Laimjala_vallavalitsus, lk 3
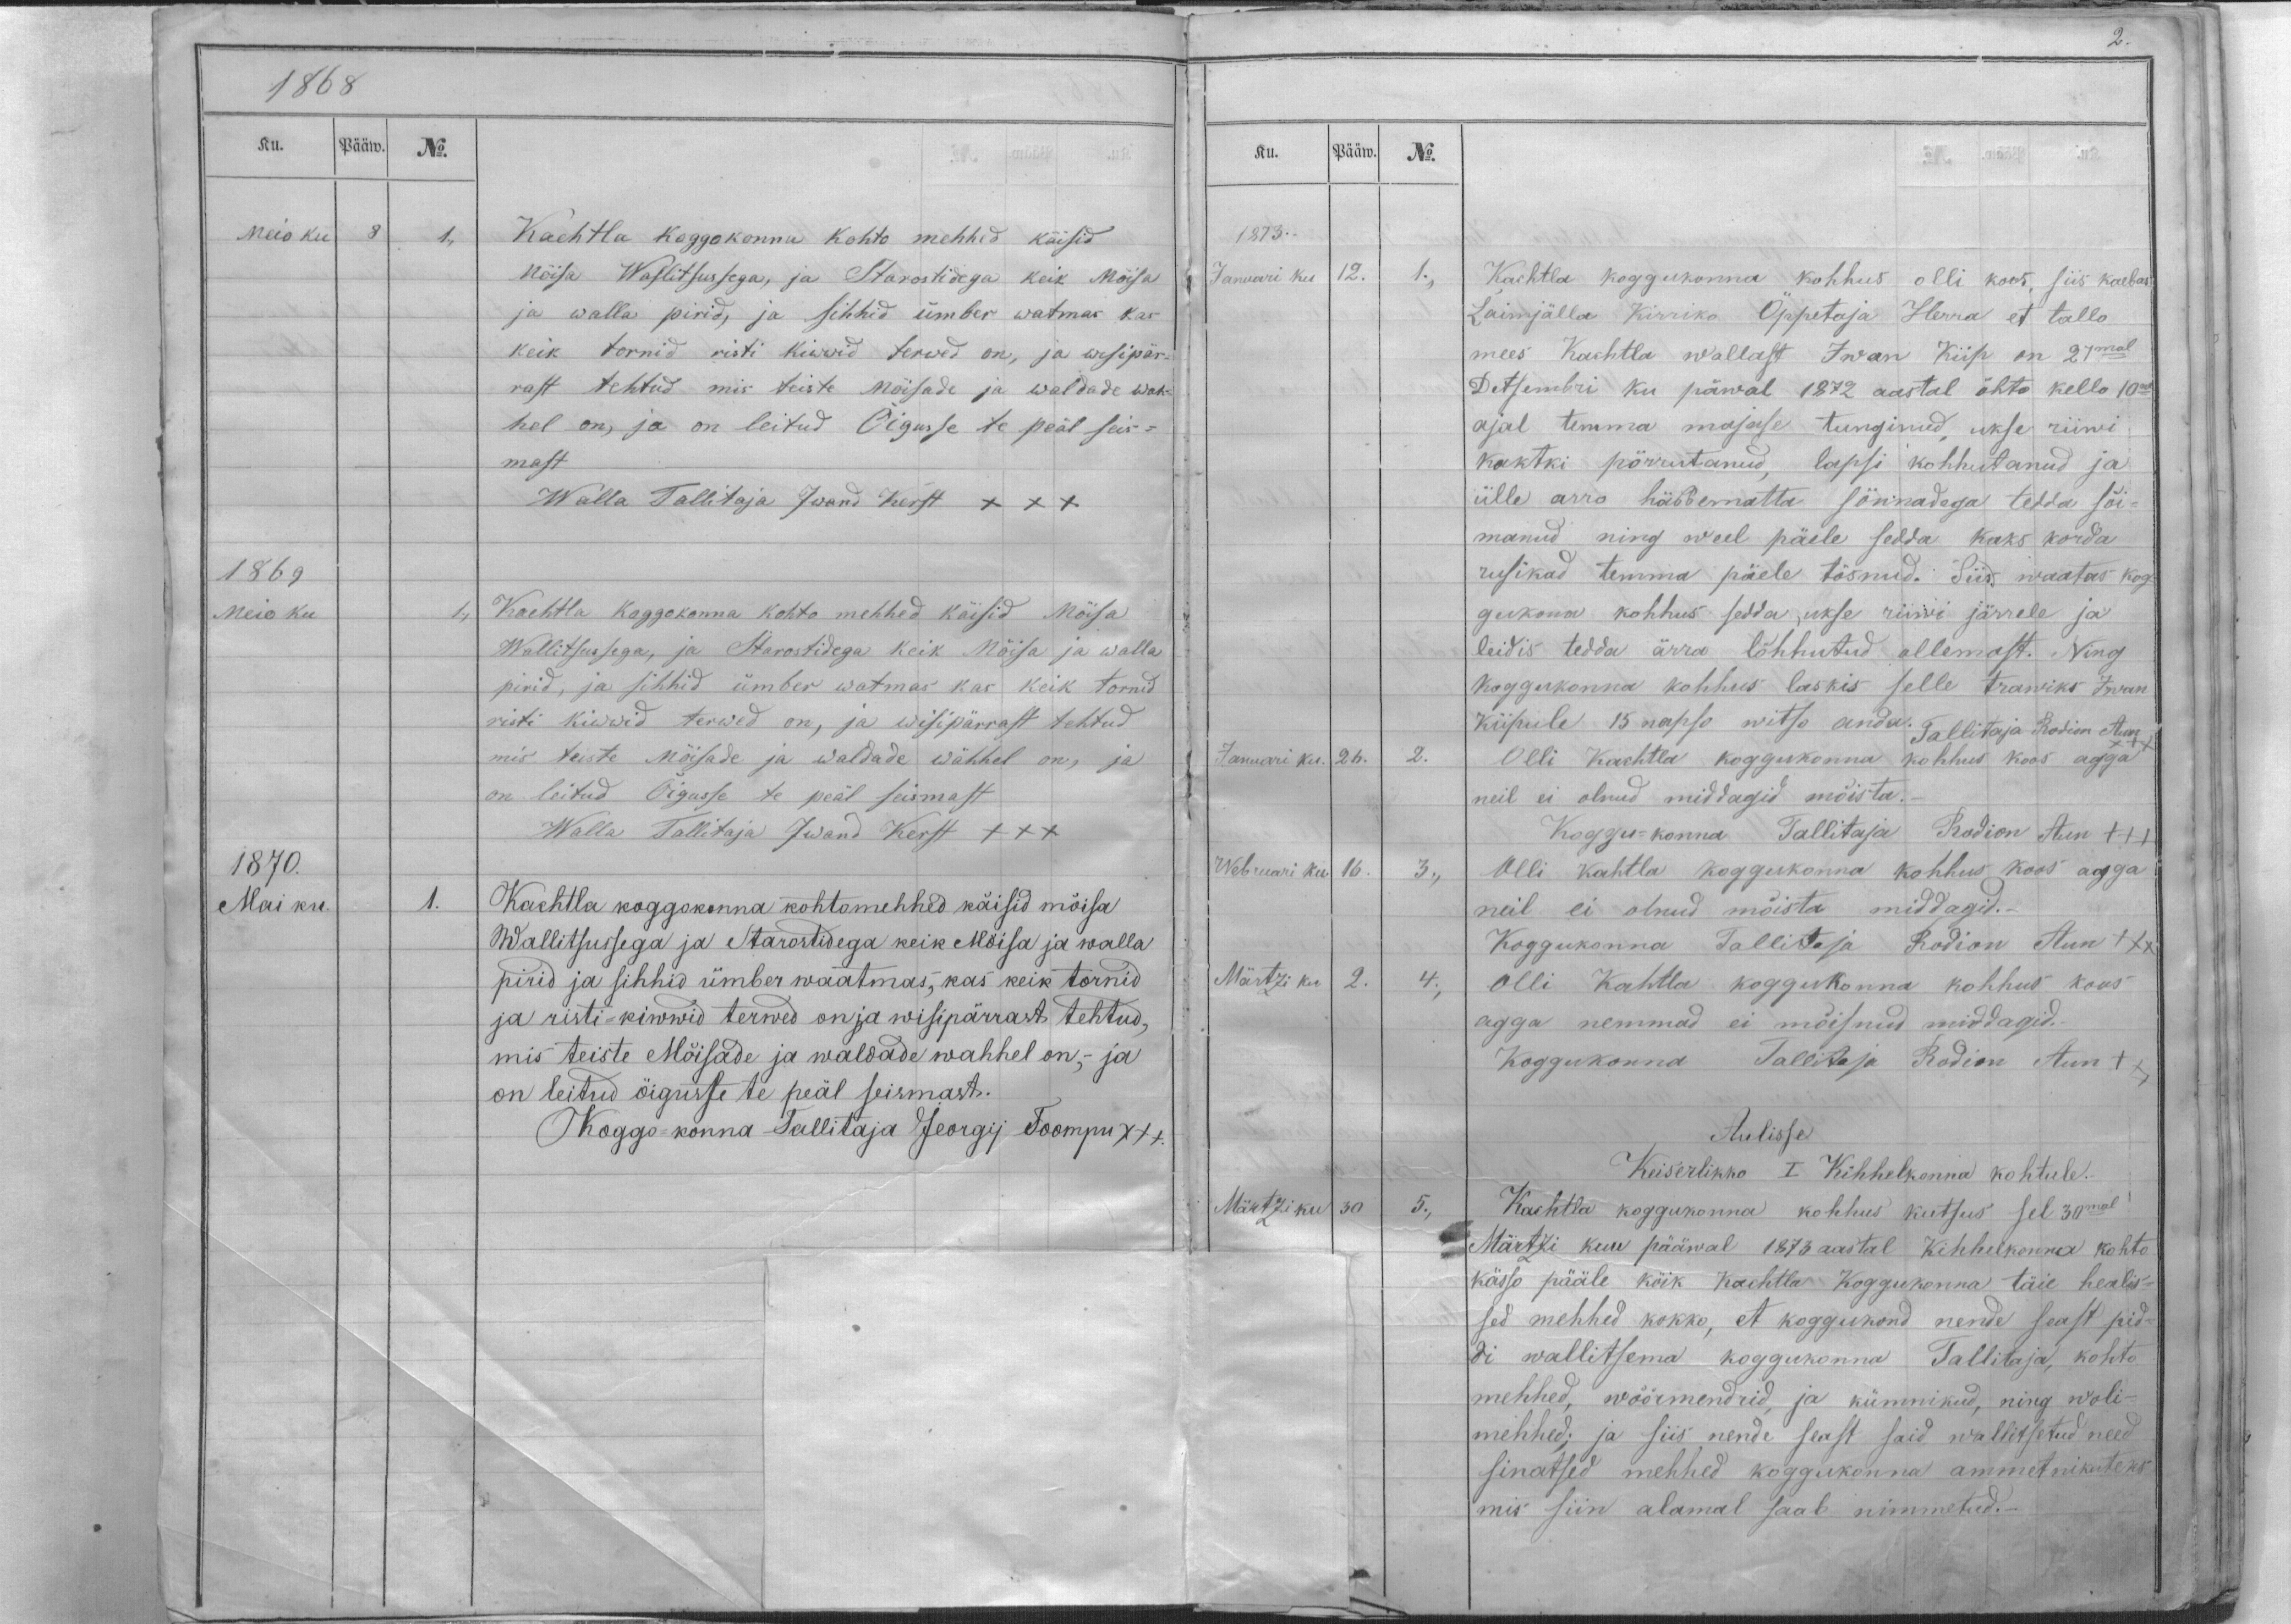
1868
Ku.
Pääw.
No.
Meio ku
8
1.,
Kachtla koggokonna kohto mehhed käisid
möisa Wallitsussega, ja Starostidega keik Möisa
ja walla pirid, ja sihhid ümber watmas kas
keik tornid risti kiwwid terwed on, ja wisipär-
rast tehtud mis teiste möisade ja waldade wah-
hel on, ja on leitud Õigusse te peäl seis-
mast
Walla Tallitaja Jwand Kerst xxx
1869
Meio ku
1.,
Kachtla koggokonna kohto mehhed käisid Möisa
Wallitsussega, ja Starostidega keik Mõisa ja walla
pirid, ja sihhid ümber watmas kas keik tornid
risti kiwwid terwed on, ja wisipärrast tehtud
mis teiste Möisade ja waldade wähhel on, ja
on leitud Õigusse te peäl seismast
Walla Tallitaja Jwand Kerst XXX
1870.
Mai ku.
1.
Kachtla koggokonna kohtomehhed käisid mõisa
Wallitsussega ja Starostidega keik Mõisa ja walla
pirid ja sihhid ümber waatmas, kas keik tornid
ja risti-kiwwid terwed on ja wisipärrast tehtud,
mis teiste Mõisade ja waldade wahhel on,- ja
on leitud öigusse te peäl seismast.
Koggo-konna Tallitaja Georgij Toompu XXX.

Ku.
Pääw.
No.
1873.
Januari ku
12.
1.,
Kachtla koggukonna kohhus olli koos, siis kaebas
Laimjälla Kirriko Öppetaja Herra et tallo
mees Kachtla wallast Iwan Kiip on 27mal
Detsembri ku päwal 1872 aastal õhto kello 10ne
ajal temma majase tunginud, ukse riiwi
kaktki põrrutanud, lapsi kohhutanud ja
ülle arro häbbematta sönnadega tedda sõi-
manud ning weel päele sedda kaks korda
rusikad temma päele tõsnud. Siis waatas kog-
gukona kohhus sedda ,ukse riiwi järrele ja
leidis tedda ärra lõhhutud ollemast. Ning
koggukonna kohhus laskis selle trawiks Iwan
Kiipule 15 napso witso anda. Tallitaja Rodion Aun
XXX
Januari ku.
26.
2.
Olli Kachtla koggukonna kohhus koos agga
neil ei olnud middagid mõista._
Koggu-konna Tallitaja Rodion Aun +++
Webruari ku
16.
3.,
Olli Kahtla koggukonna kohhus koos agga
neil ei olnud mõista middagid._
Koggukonna Tallitaja Rodion Aun XXX
Märtzi ku
2.
4.
Olli Kahtla koggukonna kohhus kous
agga nemmad ei mõisnud middagid.
Koggukonna Tallitaja Rodion Aun XX
Aulisse
Keiserlikko I Kihhelkonna kohtule.
Märtzi ku
30
5.,
Kachtla koggukonna kohhus kutsus sel 30mal
Märtzi kuu pääwal 1873 aastal Kihhelkonna kohto
kässo pääle kõik Kachtla Koggukonna täie healis-
sed mehhed kokko, et koggukond nende seast pid-
di wallitsema koggukonna Tallitaja, kohto
mehhed, wöörmendrid, ja kümnikud, ning woli-
mehhed; ja siis nende seast said wallitsetud need
sinatsed mehhed koggukonna ammetnikuteks
mis siin alamal saab nimmetud._